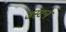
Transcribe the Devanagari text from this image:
उस्टन